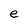
Character: e